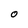
Character: O